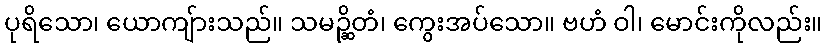
ပုရိသော၊ ယောကျ်ားသည်။ သမဉ္ဆိတံ၊ ကွေးအပ်သော။ ဗဟံ ဝါ၊ မောင်းကိုလည်း။